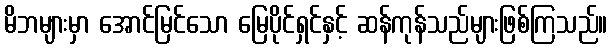
မိဘများမှာ အောင်မြင်သော မြေပိုင်ရှင်နှင့် ဆန်ကုန်သည်များဖြစ်ကြသည်။